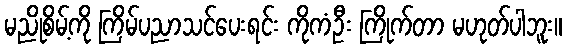
မညိုစိမ့်ကို ကြိမ်ပညာသင်ပေးရင်း ကိုကံဦး ကြိုက်တာ မဟုတ်ပါဘူး။